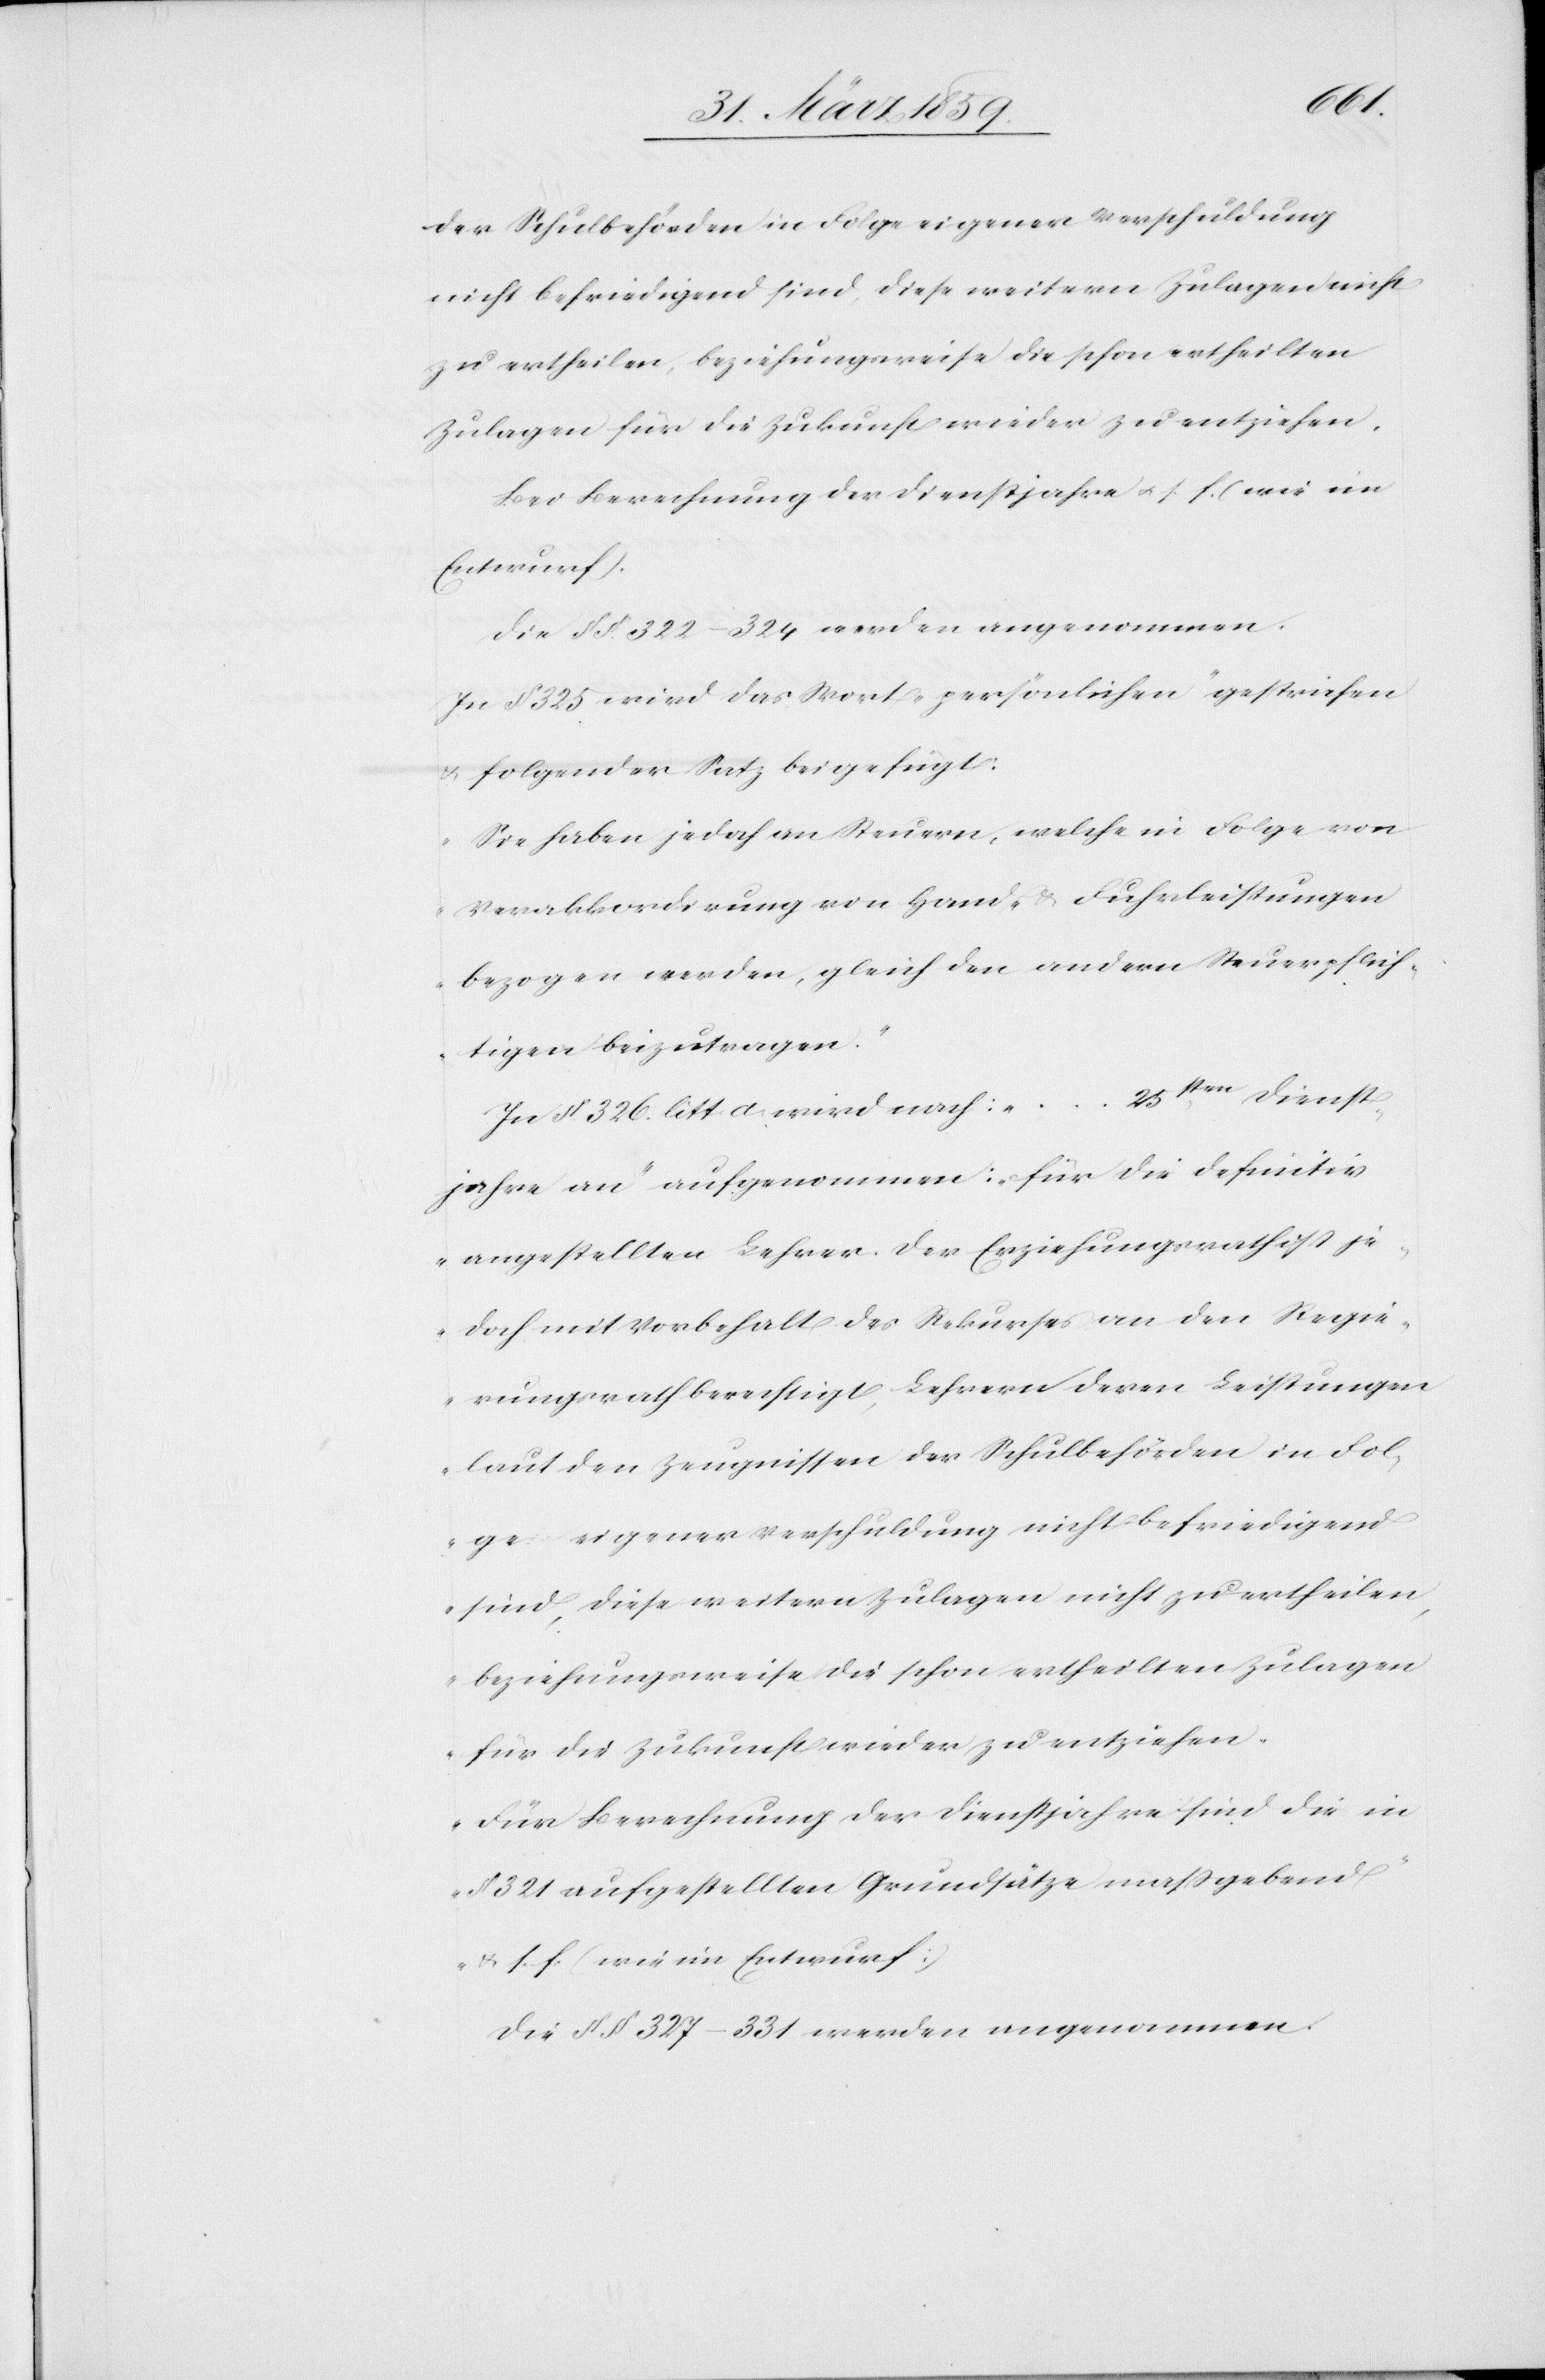
der Schulbehörden in Folge eigener Verschuldung
nicht befriedigend sind, diese weitern Zulagen nicht
zu ertheilen, beziehungsweise die schon ertheilten
Zulagen für die Zukunft wieder zu entziehen.
Bei Berechnung der Dienstjahre u. s. f. (wie im
Entwurf).[“]
Die §§. 322–324 werden angenommen.
In § 325 wird das Wort „persönlichen“ gestrichen
u. folgender Satz beigefügt:
„Sie haben jedoch an Steuern, welche in Folge von
Verakkordirung von Hand- & Fuhrleistungen
bezogen werden, gleich den andern Steuerpflich¬
tigen beizutragen.“
In §. 326. litt d wird nach: „...25sten Dienst¬
jahre an“ aufgenommen: „für die definitiv
angestellten Lehrer. Der Erziehungsrath ist je¬
doch mit Vorbehalt des Rekurses an den Regie¬
rungsrath berechtigt, Lehrern deren Leistungen
laut den Zeugnissen der Schulbehörden in Fol¬
ge eigener Verschuldung nicht befriedigend
sind, diese weitern Zulagen nicht zu ertheilen,
beziehungsweise die schon ertheilten Zulagen
für die Zukunft wieder zu entziehen.
Für Berechnung der Dienstjahre sind die in
§ 321 aufgestellten Grundsätze maßgebend“
u. s. f. [wie im Entwurf]
Die §§ 327–331 werden angenommen.